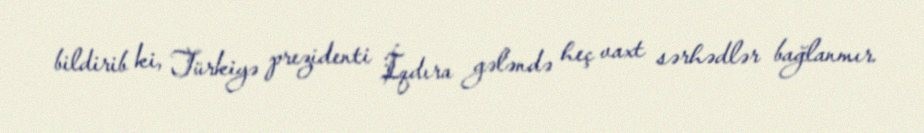
bildirib ki, Türkiyə prezidenti İqdıra gələndə heç vaxt sərhədlər bağlanmır.